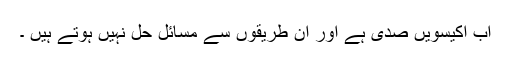
اب اکیسویں صدی ہے اور ان طریقوں سے مسائل حل نہیں ہوتے ہیں ۔